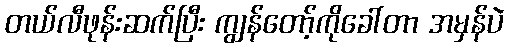
တယ်လီဖုန်းဆက်ပြီး ကျွန်တော့်ကိုခေါ်တာ အမှန်ပဲ